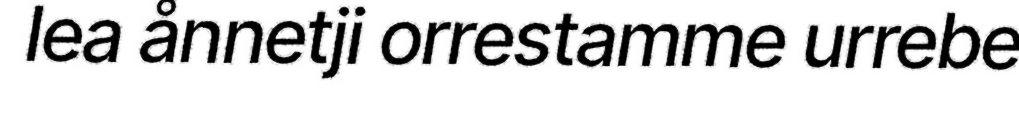
lea ånnetji orrestamme urrebe